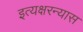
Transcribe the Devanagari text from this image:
इत्यक्षरन्यास